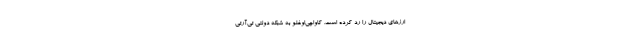
ارزهای دیجیتال را رد کرده است. کاواچی‌اوغلو به شبکه دولتی تی‌آر‌تی